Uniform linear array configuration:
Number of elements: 8
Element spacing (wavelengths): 0.5
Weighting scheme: exponential
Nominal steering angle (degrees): -30
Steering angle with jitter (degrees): -30.613
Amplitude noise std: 0.05
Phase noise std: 0.05

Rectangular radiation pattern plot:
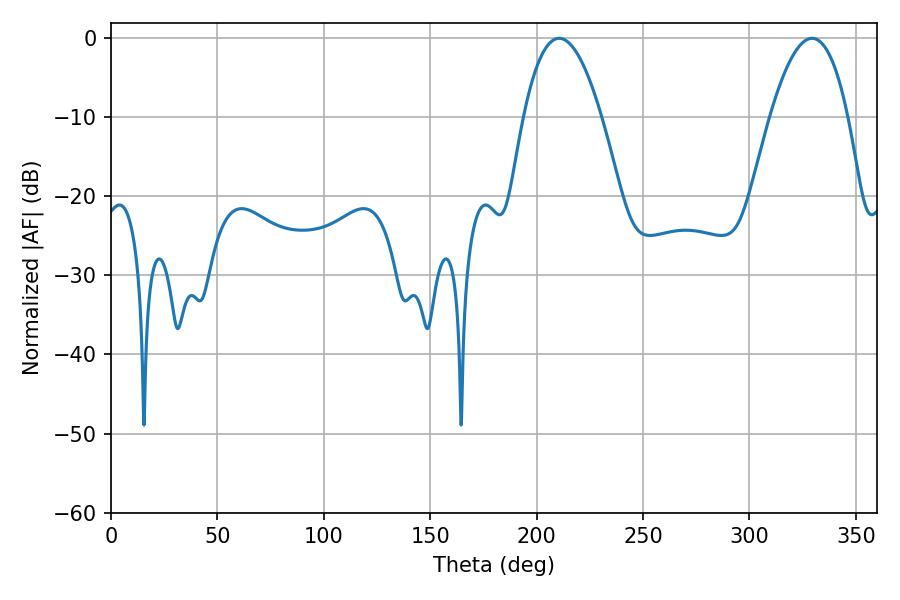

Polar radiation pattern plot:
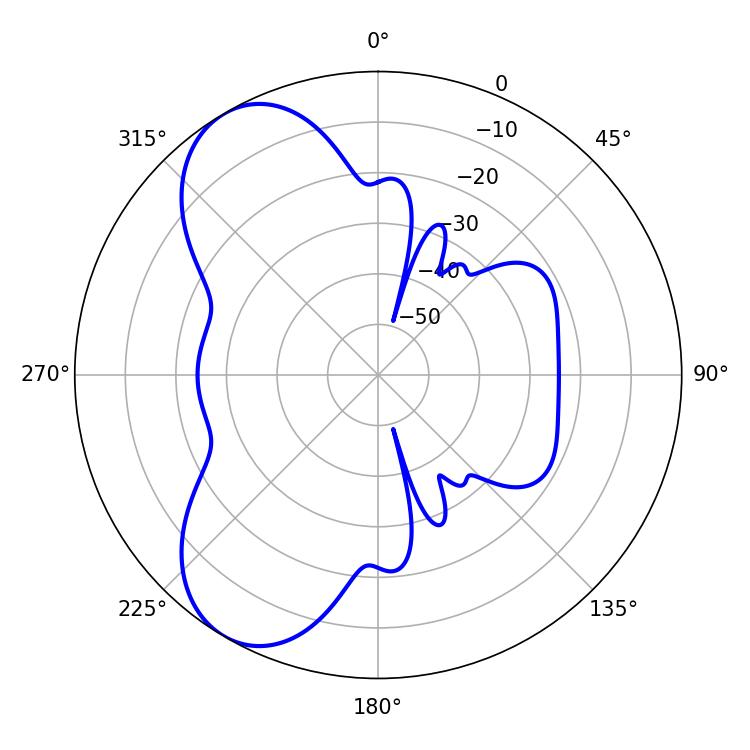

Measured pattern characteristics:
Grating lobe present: FALSE
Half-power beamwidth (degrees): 20.16
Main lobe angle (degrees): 210.6